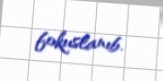
fokuslanıb.